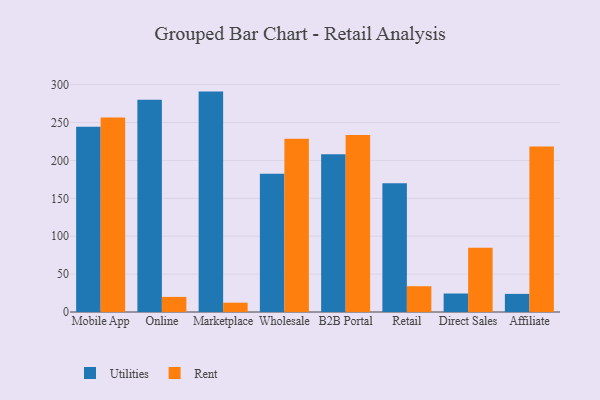
{"axis": {"x": "Channel", "y": "Conversion Rate (%)"}, "legend": ["Rent", "Utilities"], "data": [{"x": "Mobile App", "y": 244.5, "type": "Utilities"}, {"x": "Mobile App", "y": 256.6, "type": "Rent"}, {"x": "Online", "y": 280.0, "type": "Utilities"}, {"x": "Online", "y": 19.9, "type": "Rent"}, {"x": "Marketplace", "y": 290.8, "type": "Utilities"}, {"x": "Marketplace", "y": 12.3, "type": "Rent"}, {"x": "Wholesale", "y": 182.3, "type": "Utilities"}, {"x": "Wholesale", "y": 228.6, "type": "Rent"}, {"x": "B2B Portal", "y": 208.2, "type": "Utilities"}, {"x": "B2B Portal", "y": 233.4, "type": "Rent"}, {"x": "Retail", "y": 169.8, "type": "Utilities"}, {"x": "Retail", "y": 34.0, "type": "Rent"}, {"x": "Direct Sales", "y": 24.4, "type": "Utilities"}, {"x": "Direct Sales", "y": 84.8, "type": "Rent"}, {"x": "Affiliate", "y": 23.9, "type": "Utilities"}, {"x": "Affiliate", "y": 218.2, "type": "Rent"}]}